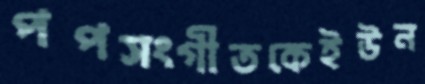
পপসংগীতকেইউন